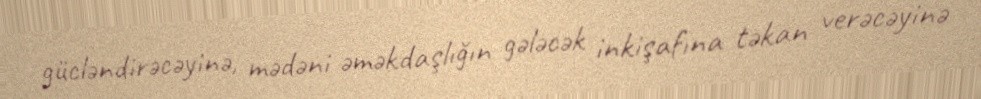
gücləndirəcəyinə, mədəni əməkdaşlığın gələcək inkişafına təkan verəcəyinə